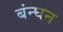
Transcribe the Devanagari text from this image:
बंन्घन